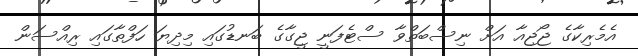
އެމެރިކާގެ ޖޯޖިއާ އަށް ނިސްބަތްވާ ސްޓެފަނީ ޖީގާގެ ބަނޑުގައި މިދިޔަ ހަފްތާގައި ރިއްސަން